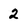
Character: 2